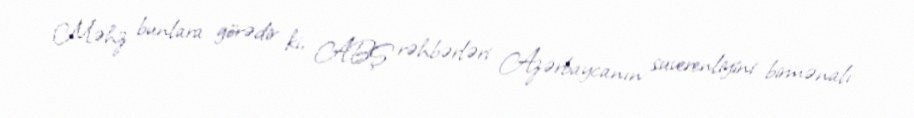
Məhz bunlara görədir ki, ABŞ rəhbərləri Azərbaycanın suverenliyini birmənalı